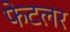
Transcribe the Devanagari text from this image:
फेटलर